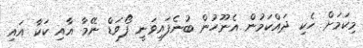
މިކަމަށް ހެކި ދައްކަމުން އެނޫހުން ބުނެފައިވަނީ ފޯވަޑް ނޭމާ އާއި ކަކާ އައި